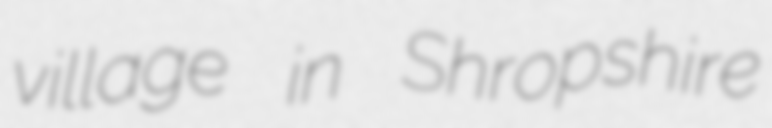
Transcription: village in Shropshire